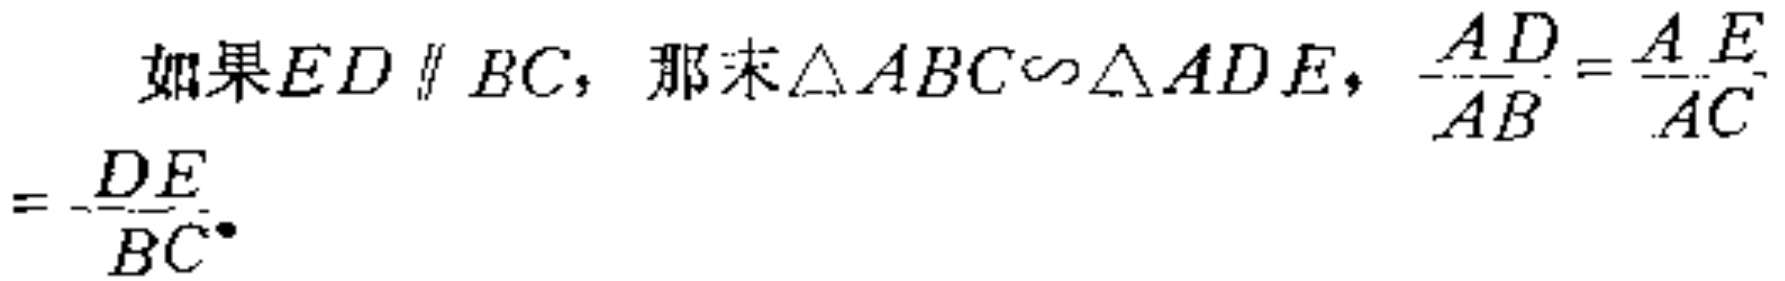
如果\(ED \parallel BC\)，那么\(\triangle ABC\sim\triangle ADE\)，\(\frac{AD}{AB}=\frac{AE}{AC}=\frac{DE}{BC}\)。